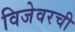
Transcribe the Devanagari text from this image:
विजेवरची